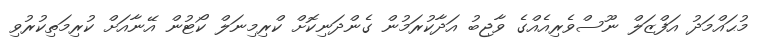
މުޙައްމަދު އަފްޒަލް ނޫސްވެރިއެއްގެ ވާޖިބު އަދާކުރަމުން ގެންދަނިކޮށް ކްރިމިނަލް ކޯޓުން އޭނާއަށް ކުރިމަތިކުރުވި